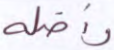
وأضله